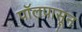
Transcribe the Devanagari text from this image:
पॉलपासून